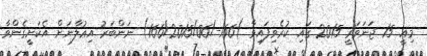
މިއީ 15 ޖަނަވަރީ 2015 ގައި ކުރެވިފައިވާ )166-/166/2015/06) ނަންބަރު އިޢުލާނަށް އެކަށީގެންވާ